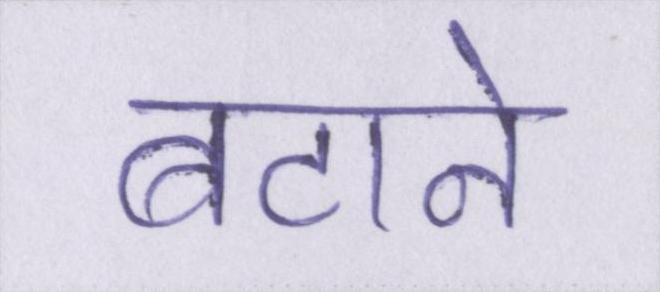
बटाने